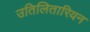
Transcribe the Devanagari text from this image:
उतिलितारियन